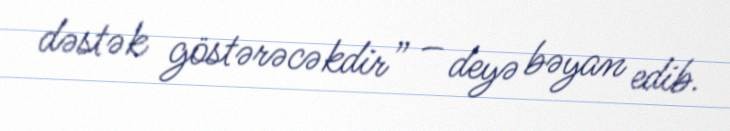
dəstək göstərəcəkdir” – deyə bəyan edib.